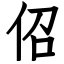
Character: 佋